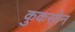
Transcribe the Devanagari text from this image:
कुकसोन